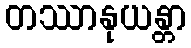
တဿာနုယန္တာ